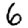
Digit: 6